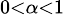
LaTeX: \scriptstyle 0<\alpha<1